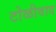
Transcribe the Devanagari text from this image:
टोळीवाद